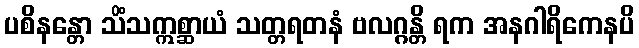
ပစိနန္တော သိံသဣစ္ဆာယံ သတ္တရတနံ ဗလဂ္ဂန္တိ ရက အနဂါရိကေနပိ